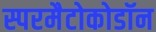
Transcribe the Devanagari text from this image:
स्परमैटोकोडॉन